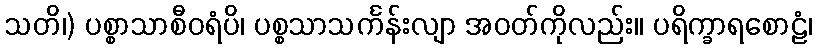
သတိ၊) ပစ္စာသာစီဝရံပိ၊ ပစ္စသာသင်္ကန်းလျာ အဝတ်ကိုလည်း။ ပရိက္ခာရစောဠံ၊